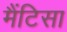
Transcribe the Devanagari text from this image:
मैंटिसा